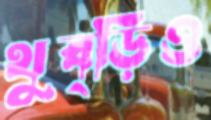
থুব্‌ড়িও